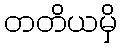
တတိယမှိ